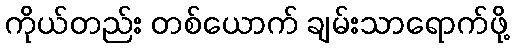
ကိုယ်တည်း တစ်ယောက် ချမ်းသာရောက်ဖို့